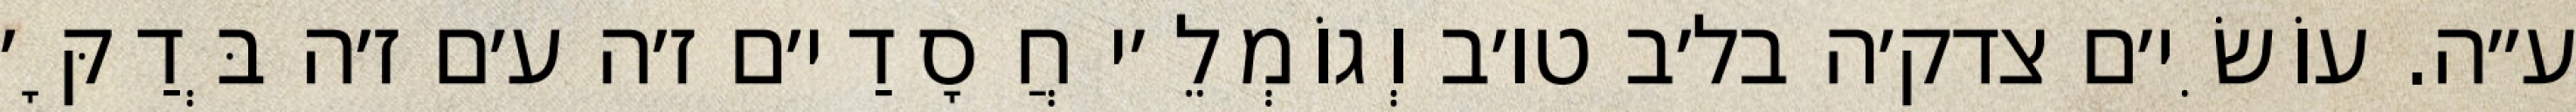
ע״ה. עוֹשִׂי׳ם צדק׳ה בל׳ב טו׳ב וְגוֹמְלֵ׳י חֲסָדַי׳ם ז׳ה ע׳ם ז׳ה בְּדַקָּ׳